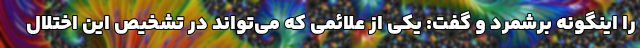
را اینگونه برشمرد و گفت: یکی از علائمی که می‌تواند در تشخیص این اختلال